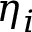
\eta _ { i }